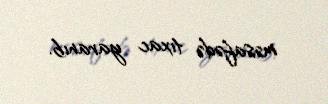
məsafədə tıxac yaranıb.